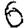
Digit: 6